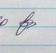
Signature authenticity: genuine